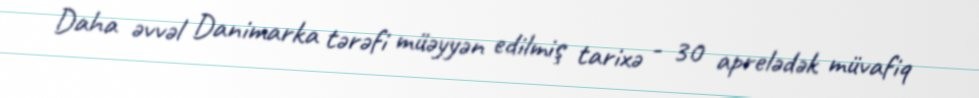
Daha əvvəl Danimarka tərəfi müəyyən edilmiş tarixə - 30 aprelədək müvafiq